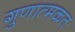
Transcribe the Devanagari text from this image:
गुणात्मकतः